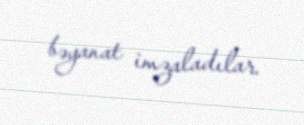
bəyanat imzaladılar.